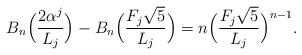
LaTeX: \begin{align*}B_n \Big(\frac{2\alpha ^j}{L_j}\Big) - B_n \Big(\frac{F_j \sqrt 5}{L_j}\Big) = n\Bigl( {\frac{{F_j \sqrt 5 }}{{L_j }}} \Bigr)^{n - 1}.\end{align*}